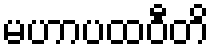
မဟာပထဝီတိ